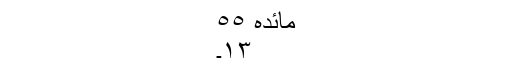
مائدہ ٥٥
١٣۔